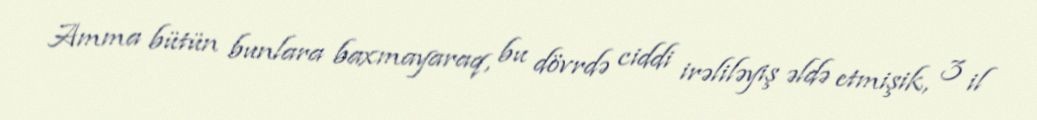
Amma bütün bunlara baxmayaraq, bu dövrdə ciddi irəliləyiş əldə etmişik, 3 il